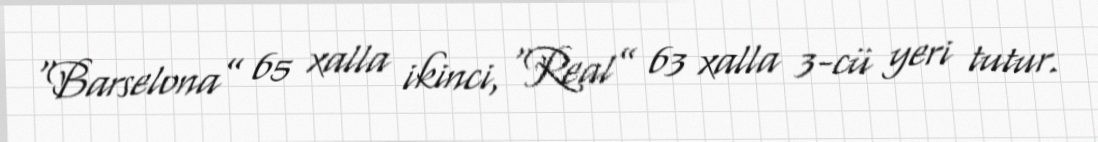
“Barselona” 65 xalla ikinci, “Real” 63 xalla 3-cü yeri tutur.